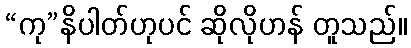
“ကု”နိပါတ်ဟုပင် ဆိုလိုဟန် တူသည်။